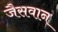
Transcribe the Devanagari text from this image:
जैसवान